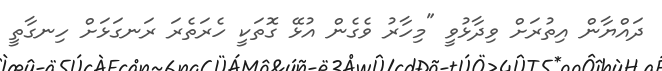
ދައްޔާން އިތުރަށް ވިދާޅުވީ "މިހާރު ވެގެން އުޅޭ ގޮތަކީ ހެރަތެރަ ރަނގަޅަށް ހިނގާތީ